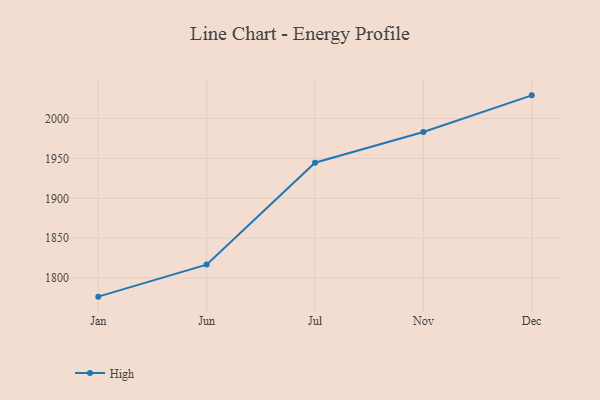
{"axis": {"x": "Month", "y": "Shipments"}, "legend": ["High"], "data": [{"x": "Jan", "y": 1776.9, "type": "High"}, {"x": "Jun", "y": 1817.0, "type": "High"}, {"x": "Jul", "y": 1944.5, "type": "High"}, {"x": "Nov", "y": 1983.1, "type": "High"}, {"x": "Dec", "y": 2028.9, "type": "High"}]}